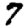
Digit: 7